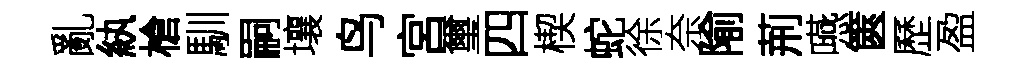
亂紈槍馴嗣壤鸟宮璽四楔蛇徐奈隃荊嚥篋歷盈